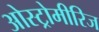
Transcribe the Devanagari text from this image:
ओस्ट्रोमीरिज